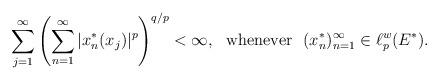
LaTeX: \begin{align*} \sum_{j=1}^\infty \left(\sum_{n=1}^\infty |x^*_{n}(x_{j})|^{p}\right)^{q/p} < \infty,\ \ \mathrm{whenever\ \ } (x^*_{n})_{n=1}^\infty \in\ell_p^w(E^{*}).\end{align*}